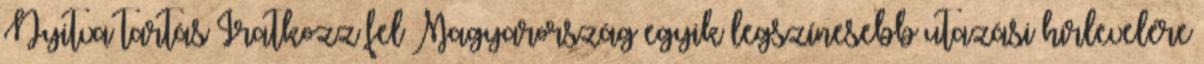
Nyitva tartás Iratkozz fel Magyarország egyik legszínesebb utazási hírlevelére